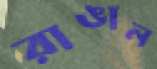
রাঙাল